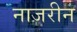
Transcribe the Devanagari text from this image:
नाजरीन